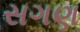
સગણ